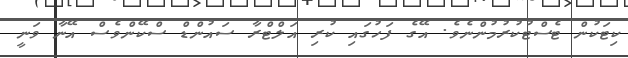
ކިޓަކުން ޓެސްޓުކުރުމުންނެވެ. އޭގެ ފަހުގައި ކުރި އަލްޓްރާ ސައުންޑް ސްކޭންވެސް އޭނާ ވަނީ